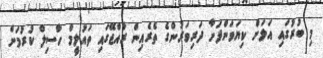
މި ބުރުގައި އަލަށް ކިޔަވަންފަށާ ދަރިވަރުންގެ ތެރެއިން ރާއްޖޭގައި ތައުލީމް ހާސިލް ކުރުމަށް